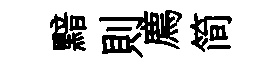
黯則廌简